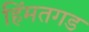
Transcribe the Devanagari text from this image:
हिंमतगड